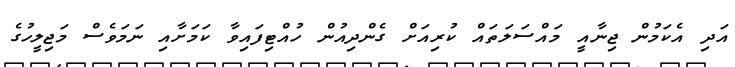
އަދި އެކަމުން ޖިނާއީ މައްސަލަތައް ކުރިއަށް ގެންދިއުން ހުއްޓިފައިވާ ކަމަށާއި ނަމަވެސް މަޖިލީހުގެ